Scottish Certificate of Education, 1963
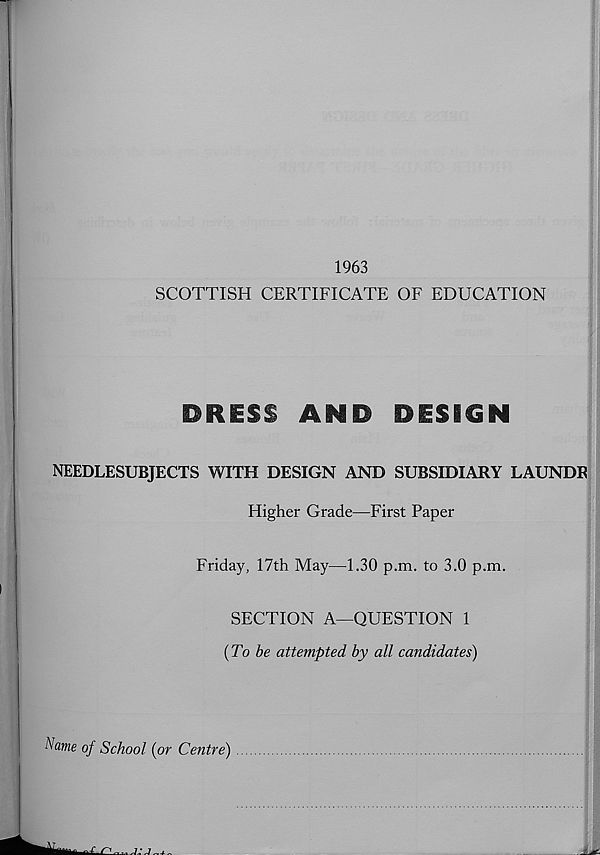
1963
SCOTTISH CERTIFICATE OF EDUCATION
DRiSS AND
DESIGN
NEEDLESUBJECTS WITH DESIGN AND SUBSIDIARY LAUNDR
Higher Grade—First Paper
Friday, 17th May—1.30 p.m. to 3.0 p.m.
SECTION A—QUESTION 1
{To be attempted by all candidates)
Name of School {or Centre)